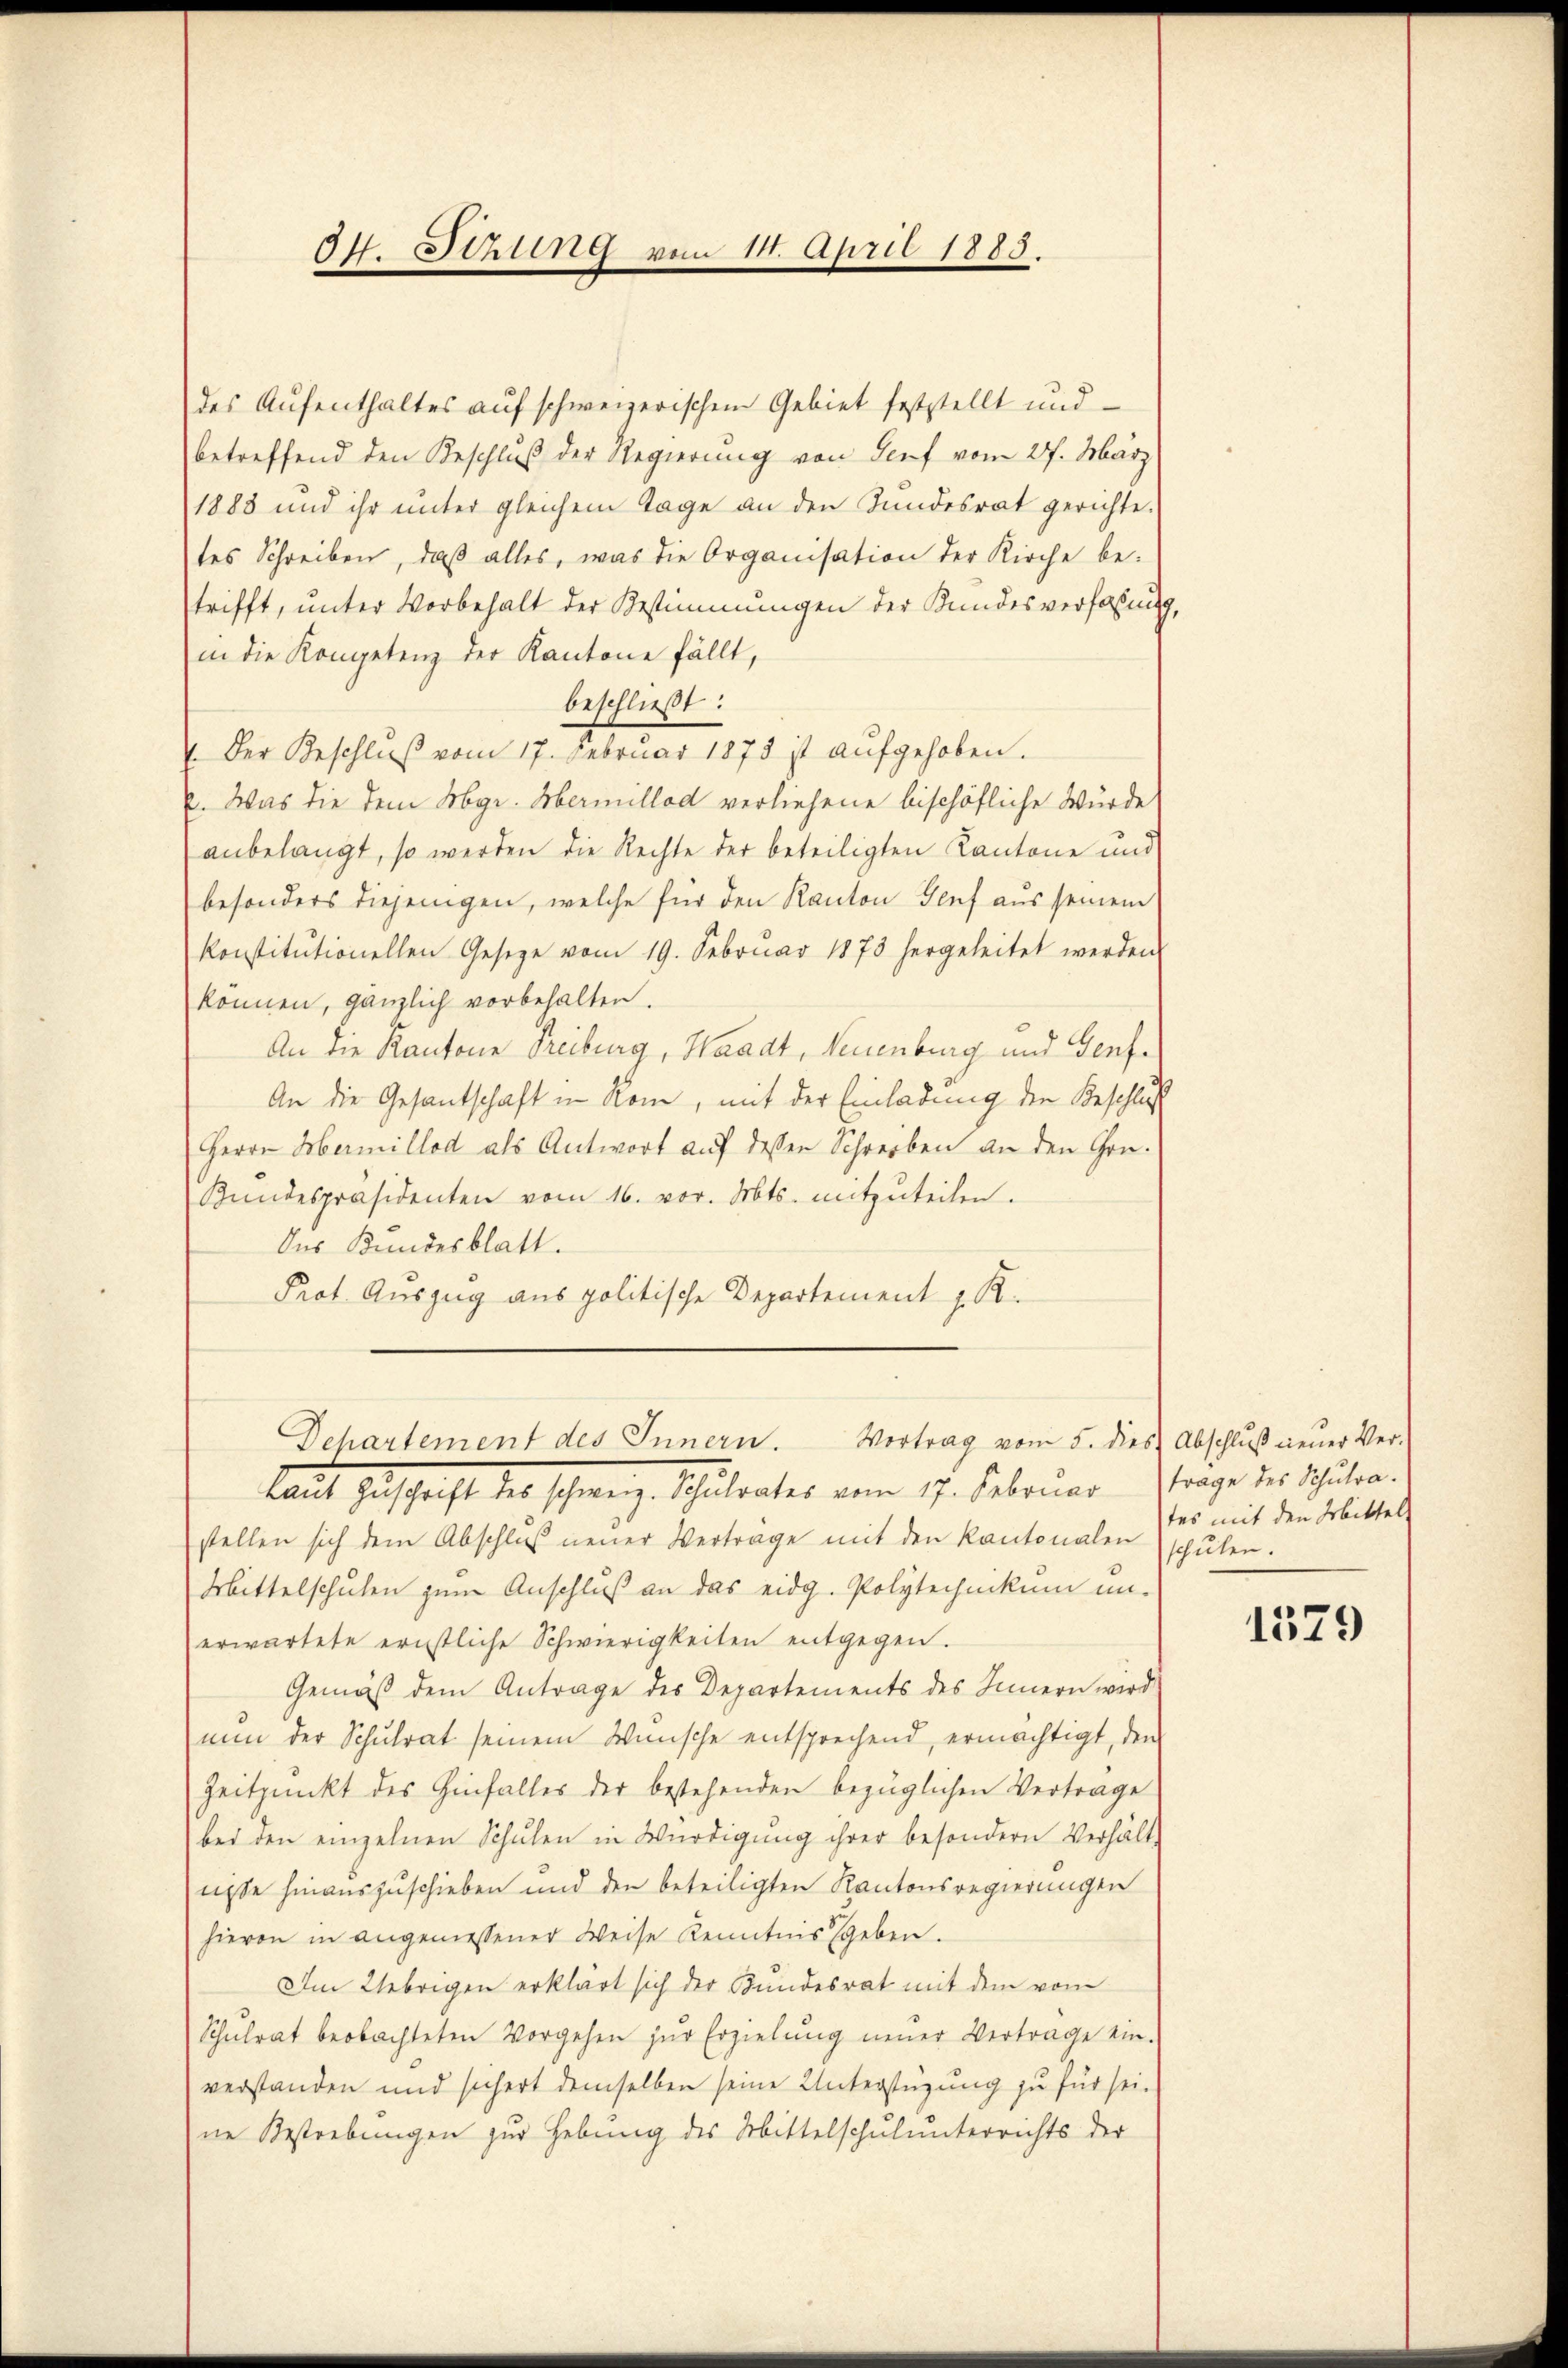
dt. Sitzung vom 14. April 1883.

des Aufenthaltes auf schweizerischen Gebiet feststellt und
betreffend den Beschluß der Regierung von Genf vom 27. März
1888 und ihr unter gleichem Tage an den Bundesrat gerichte.
tes Schreiben, daβ alles, was die Organisation der Kirche be-
trifft, unter Vorbehalt der Bestimmungen der Kundesverfassung,
in die Kompetenz der Kantone fällt,
beschließt:
 Der Beschluß vom 17. Februar 1873 ist aufgehoben.
. Was die dem Kgr. Obermillod verliehene bischöfliche Wurde
anbelangt, so werden die Rechte der beteiligten Kantone und
besonders diejenigen, welche für den Kanton Genf aus seinem
konstitutionellen Gesetze vom 19. Febrŭar 1873 hergeleitet werden
können, gänzlich vorbehalten.
An die Kantone Freiburg, Waadt, Neuenburg und Genf¬
An die Gesandschaft in Rom, mit der Einladung der Beschluß
Herrn Hermillod als Antwort auf dessen Schreiben an den Grü¬
Bŭndespräsidenten vom 16. vor. Mts. mitzŭteilen.
Des Bundesblatt.
Prot. Auszug aus politische Departement z. B.
Dchartement des Innern. Vortrag vom 5. dies Abschluß neuer Ver-
laut Zuschrift der schweiz. Schulrates vom 17. Februar trage der Schulen
stellen sich dem Abschlŭβ neŭer Verträge mit den Kantonalen schŭlen.
Mittelschulen zum Anschluß an das eidg. Polytechnikum unerwartete ernstliche Schwierigkeiten entgegen.
Gemäß dem Antrage des Departements des Innern wird
nŭn der Schŭlrat seinem Wünsche entsprechend, ermächtigt, den
Zeitpunkt des Hinfalles der bestehenden bezüglichen Vertrage
bei den einzelnen Schŭlen in Würdigŭng ihrer besondern Verhält
nisse hinauszuschieben und den beteiligten Kantonsregierungen
hievon in angemessener Weise Kenntnis geben.
Im Uebrigen erklärt sich der Bundesrat mit dem vom
Schŭlrat beobachteten Vorgehen zŭr Erzielŭng neuer Vertrage ein-
verstanden und sichert demselben seine Unterstüzung zŭ für sei.
ne Bestrebungen zur Hebung des Mittelschulunterrichts der

tes mit den Mittel

1379